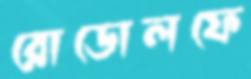
রোডোলফে